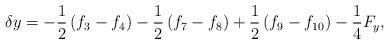
LaTeX: \begin{align*}\delta y = - \frac{1}{2}\left( {{f_3} - {f_4}} \right) - \frac{1}{2}\left( {{f_7} - {f_8}} \right) + \frac{1}{2}\left( {{f_9} - {f_{10}}} \right) - \frac{1}{4}{F_y},\end{align*}